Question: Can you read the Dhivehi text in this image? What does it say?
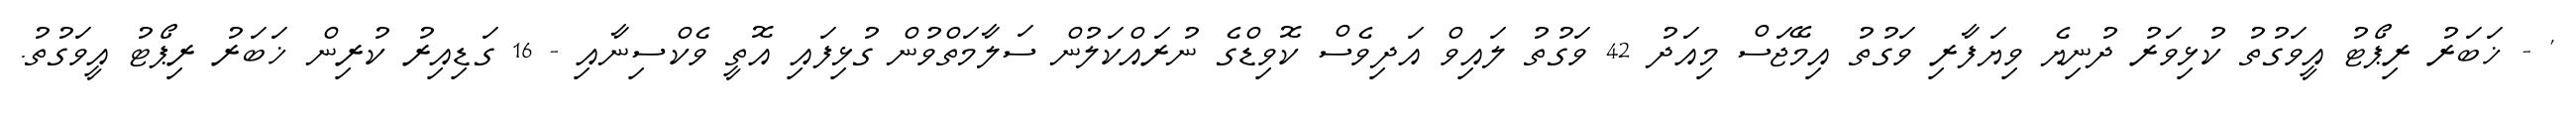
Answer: ' - ޚަބަރު ރިޕޯޓު އީވަގުތު ކުޅިވަރު ދުނިޔެ ވިޔަފާރި ވަގުތު އިމޭޖަސް މިއަދު 42 ވަގުތު ލައިވް އަދިވެސް ކޮވިޑްގެ ނުރައްކަލުން ސަލާމަތްވުން ގުޅިފައި އޮތީ ވެކްސިނާއި - 16 ގަޑިއިރު ކުރިން ޚަބަރު ރިޕޯޓު އީވަގުތު.